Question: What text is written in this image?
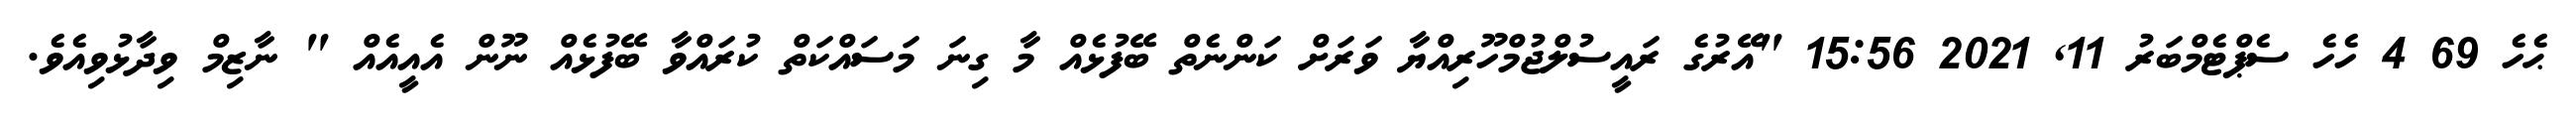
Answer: ޙެހެ 69 4 ހެހެ ސެޕްޓެމްބަރު 11, 2021 15:56 "އޭރުގެ ރައީސުލްޖުމްހޫރިއްޔާ ވަރަށް ކަންނެތް ބޭފުޅެއް މާ ގިނަ މަސައްކަތް ކުރައްވާ ބޭފުޅެއް ނޫން އެއީއެއް " ނާޒިމް ވިދާޅުވިއެވެ.